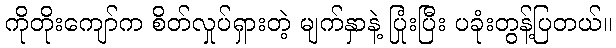
ကိုတိုးကျော်က စိတ်လှုပ်ရှားတဲ့ မျက်နှာနဲ့ ပြုံးပြီး ပခုံးတွန့်ပြတယ်။